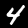
Label: 4